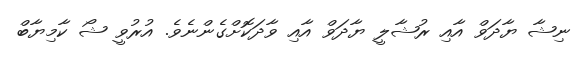
ނިޝާ ޔާދަވް އާއި ރުޝާލީ ޔާދަވް އާއި ވާދަކޮށްގެންނެވެ. އުރުވީ ޝޯ ކާމިޔާބް